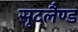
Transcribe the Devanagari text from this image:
सूटलैण्ड